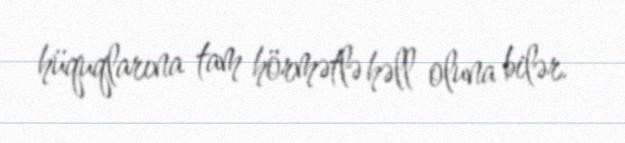
hüquqlarına tam hörmətlə həll oluna bilər.